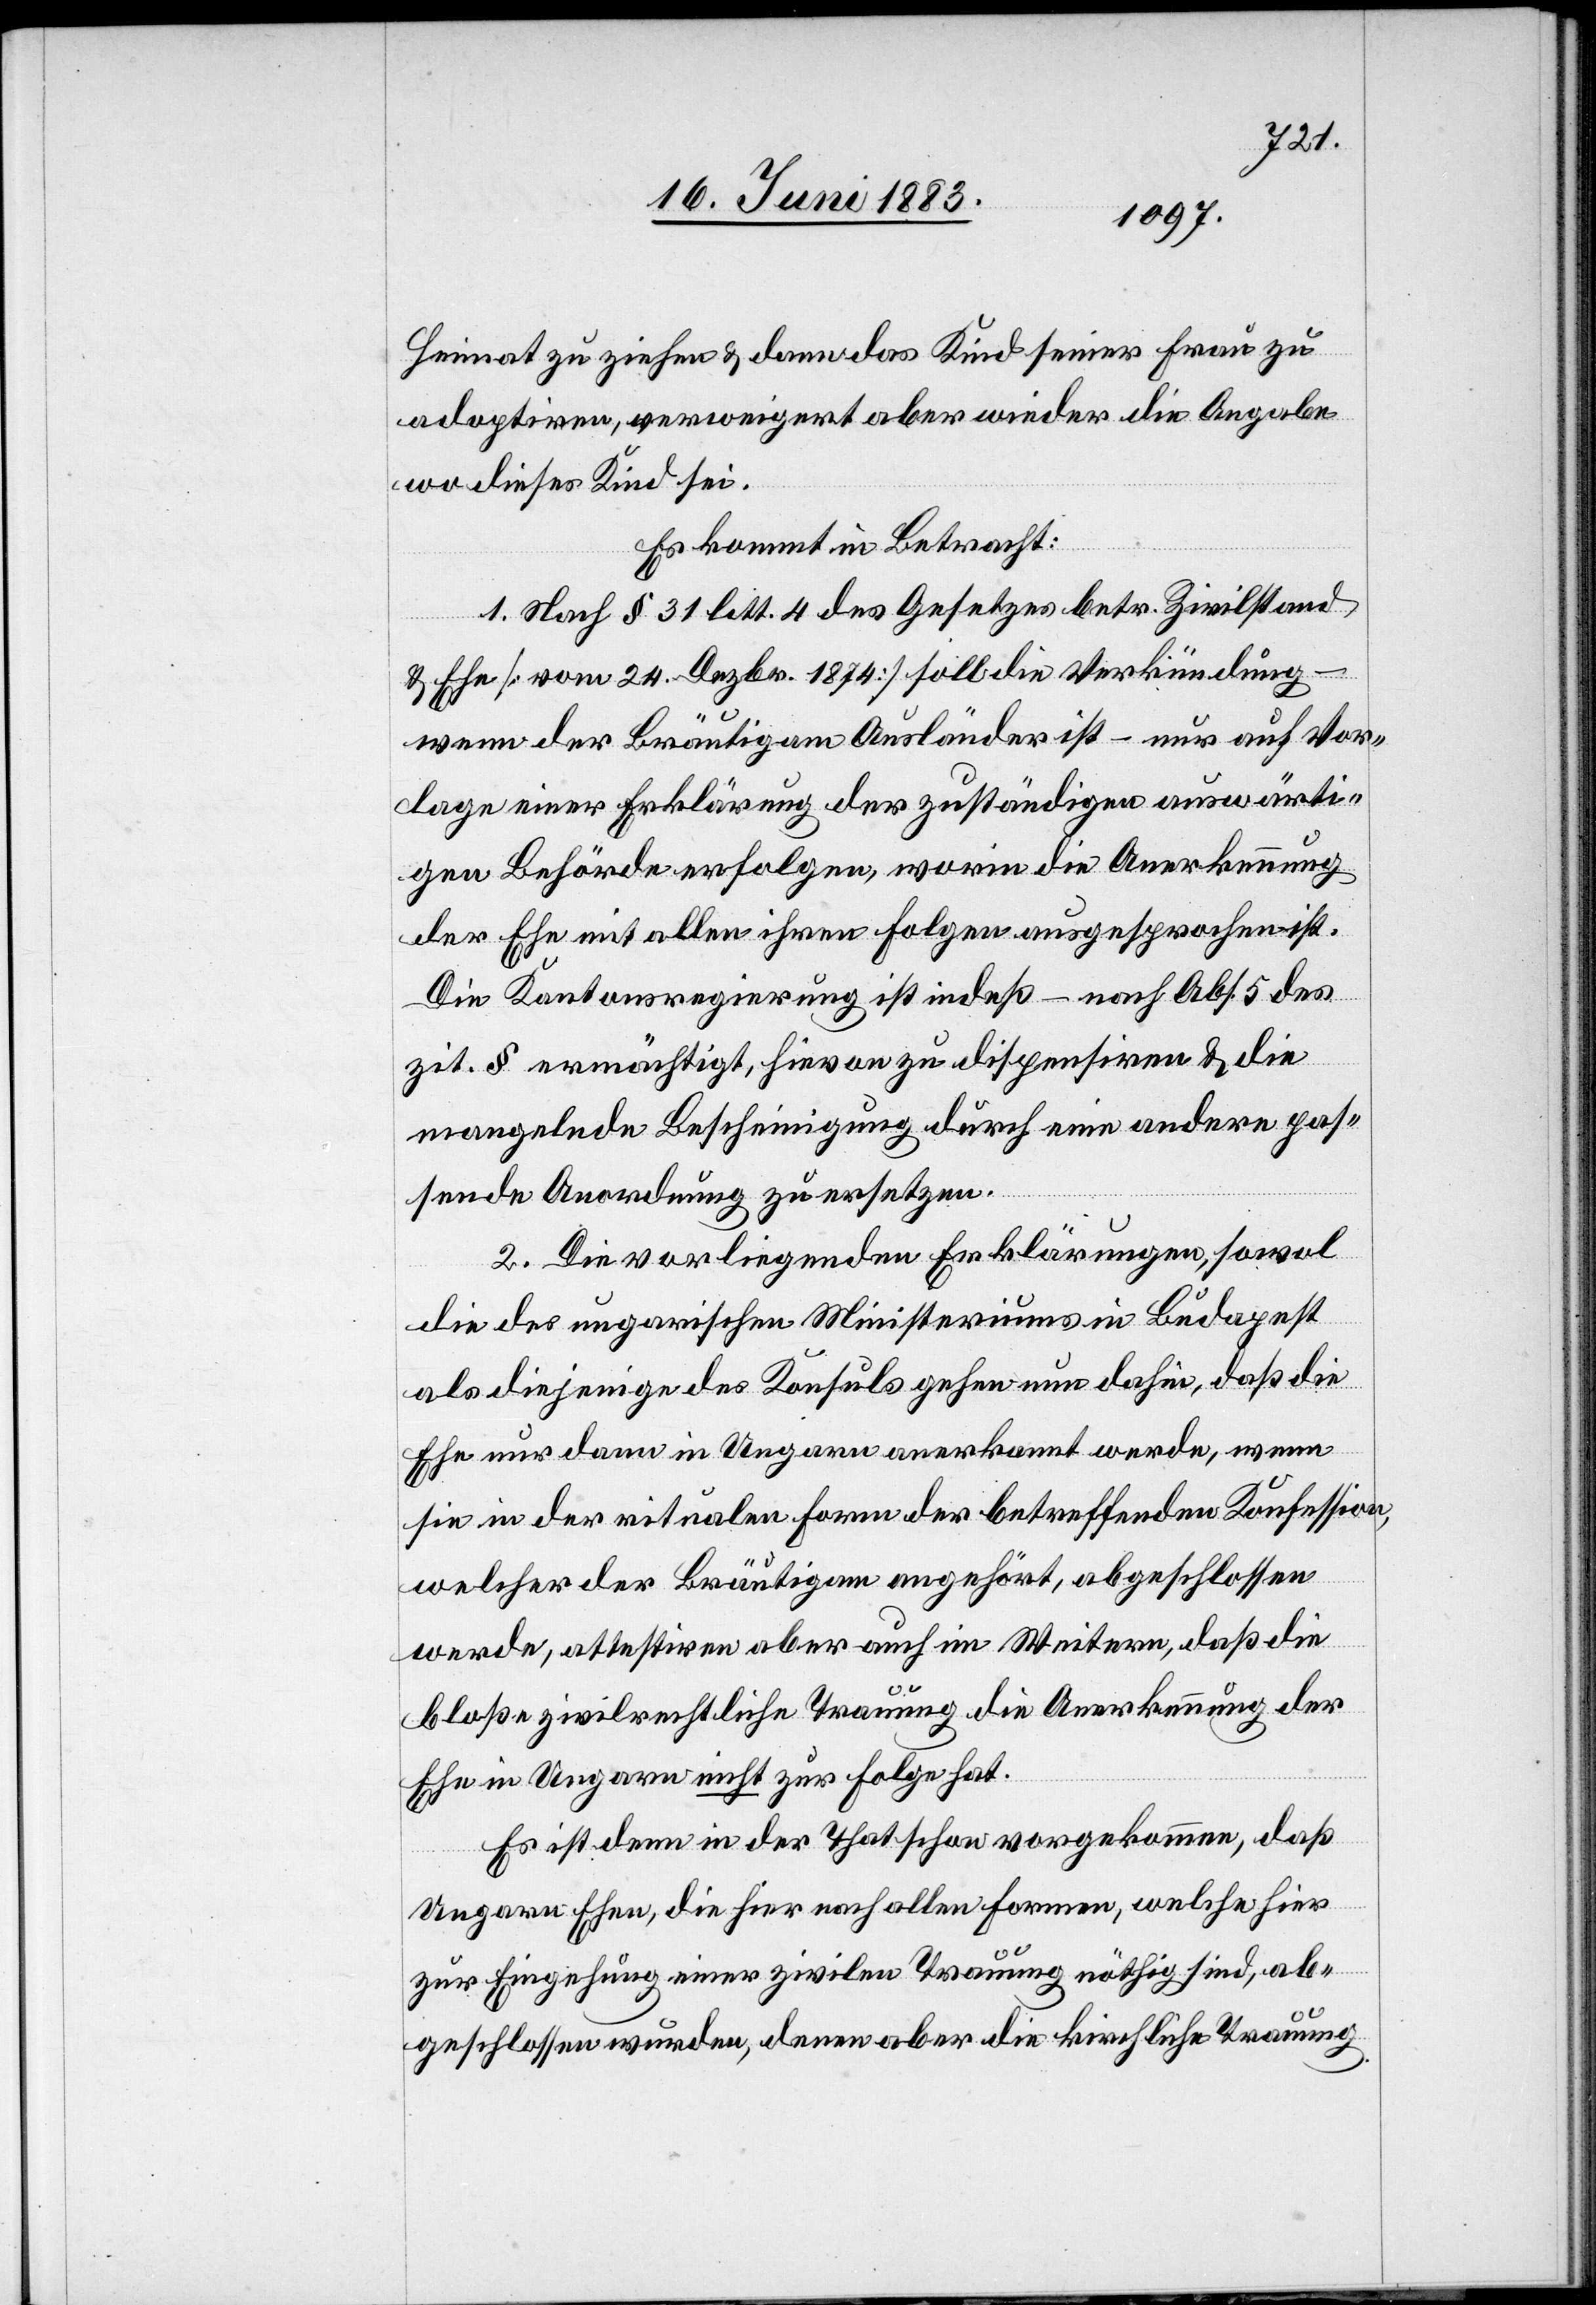
Heimat zu ziehen & dann das Kind seiner Frau zu
adoptiren, verweigert aber wieder die Angabe
wo dieses Kind sei.
Es kommt in Betracht:
1. Nach § 31 litt. 4 des Gesetzes betr. Zivilstand
& Ehe [vom 24. Dezbr. 1874] soll die Verkündung
wenn der Bräutigam Ausländer ist – nur auf Vor¬
lage einer Erklärung der zuständigen auswärti¬
gen Behörde erfolgen, worin die Anerkennung
der Ehe mit allen ihren Folgen ausgesprochen ist.
Die Kantonsregierung ist indes – nach Abs. 5 des
zit. § ermächtigt, hievon zu dispensiren & die
mangelnde Bescheinigung durch eine andere pas¬
sende Anordnung zu ersetzen.
2. Die vorliegenden Erklärungen, sowol
die des ungarischen Ministeriums in Budapest
als diejenige des Konsuls gehen nun dahin, daß die
Ehe nur dann in Ungarn anerkannt werde, wenn
sie in der ritualen Form der betreffenden Konfession,
welcher der Bräutigam angehört, abgeschlossen
werde, attestiren aber auch im Weitern, das die
bloße zivilrechtliche Trauung die Anerkennung der
Ehe in Ungarn nicht zur Folge hat.
Es ist denn in der That schon vorgekommen, daß
Ungarn Ehen, die hier nach allen Formen, welche hier
zur Eingehung einer zivilen Trauung nöthig sind, ab¬
geschlossen wurden, denen aber die kirchliche Trauung